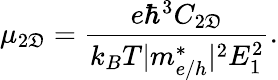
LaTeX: \mu_{2\mathfrak{D}}=\frac{{e\hbar^{3}C_{2\mathfrak{D}}}}{{k_{B}T|m_{e/h}^{*}|^{2}E_{1}^{2}}}.